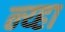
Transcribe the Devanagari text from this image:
न्य्हा